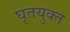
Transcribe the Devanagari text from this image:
घृतयुक्त